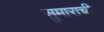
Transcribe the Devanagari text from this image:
सुमाराची